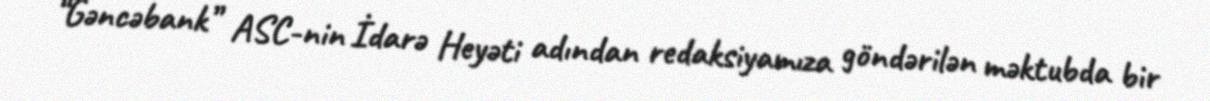
“Gəncəbank” ASC-nin İdarə Heyəti adından redaksiyamıza göndərilən məktubda bir